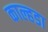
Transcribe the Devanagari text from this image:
काल्हडा